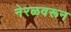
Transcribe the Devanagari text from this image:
नेरळवरून